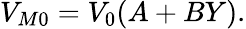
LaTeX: \begin{array}{r}{V_{M0}=V_{0}(A+BY).}\end{array}